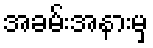
အခမ်းအနားမှ